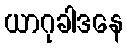
ယာဂုခါဒနေ